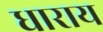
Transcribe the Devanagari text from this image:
धाराय